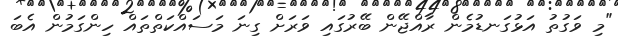
"މި ވަގުތު އަޅުގަނޑުމެން ރާއްޖޭން ބޭރުގައި ވަރަށް ގިނަ މަސައްކަތްތައް ހިންގަމުން އެބަ